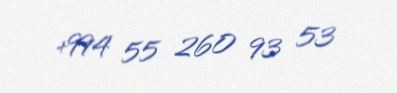
+994 55 260 93 53